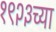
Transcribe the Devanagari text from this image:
१९२३च्या